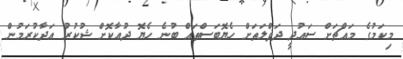
މިކަމުގެ މައްޗަށް ސަޢުދީ ދަޥްލަތަށް ހެޔޮބަސްތައް ބުނެ ހެޔޮ ދުޢާކޮށް ޝުކުރު އަދާކުރަމުން